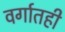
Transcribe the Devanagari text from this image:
वर्गातही